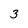
Character: 3